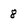
Character: 8